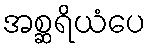
အစ္ဆရိယံပေ